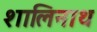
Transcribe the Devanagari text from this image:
शालिनाथ